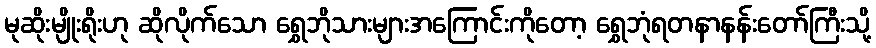
မုဆိုးမျိုးရိုးဟု ဆိုလိုက်သော ရွှေဘိုသားများအကြောင်းကိုတော့ ရွှေဘုံရတနာနန်းတော်ကြီးသို့